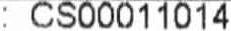
: CS00011014